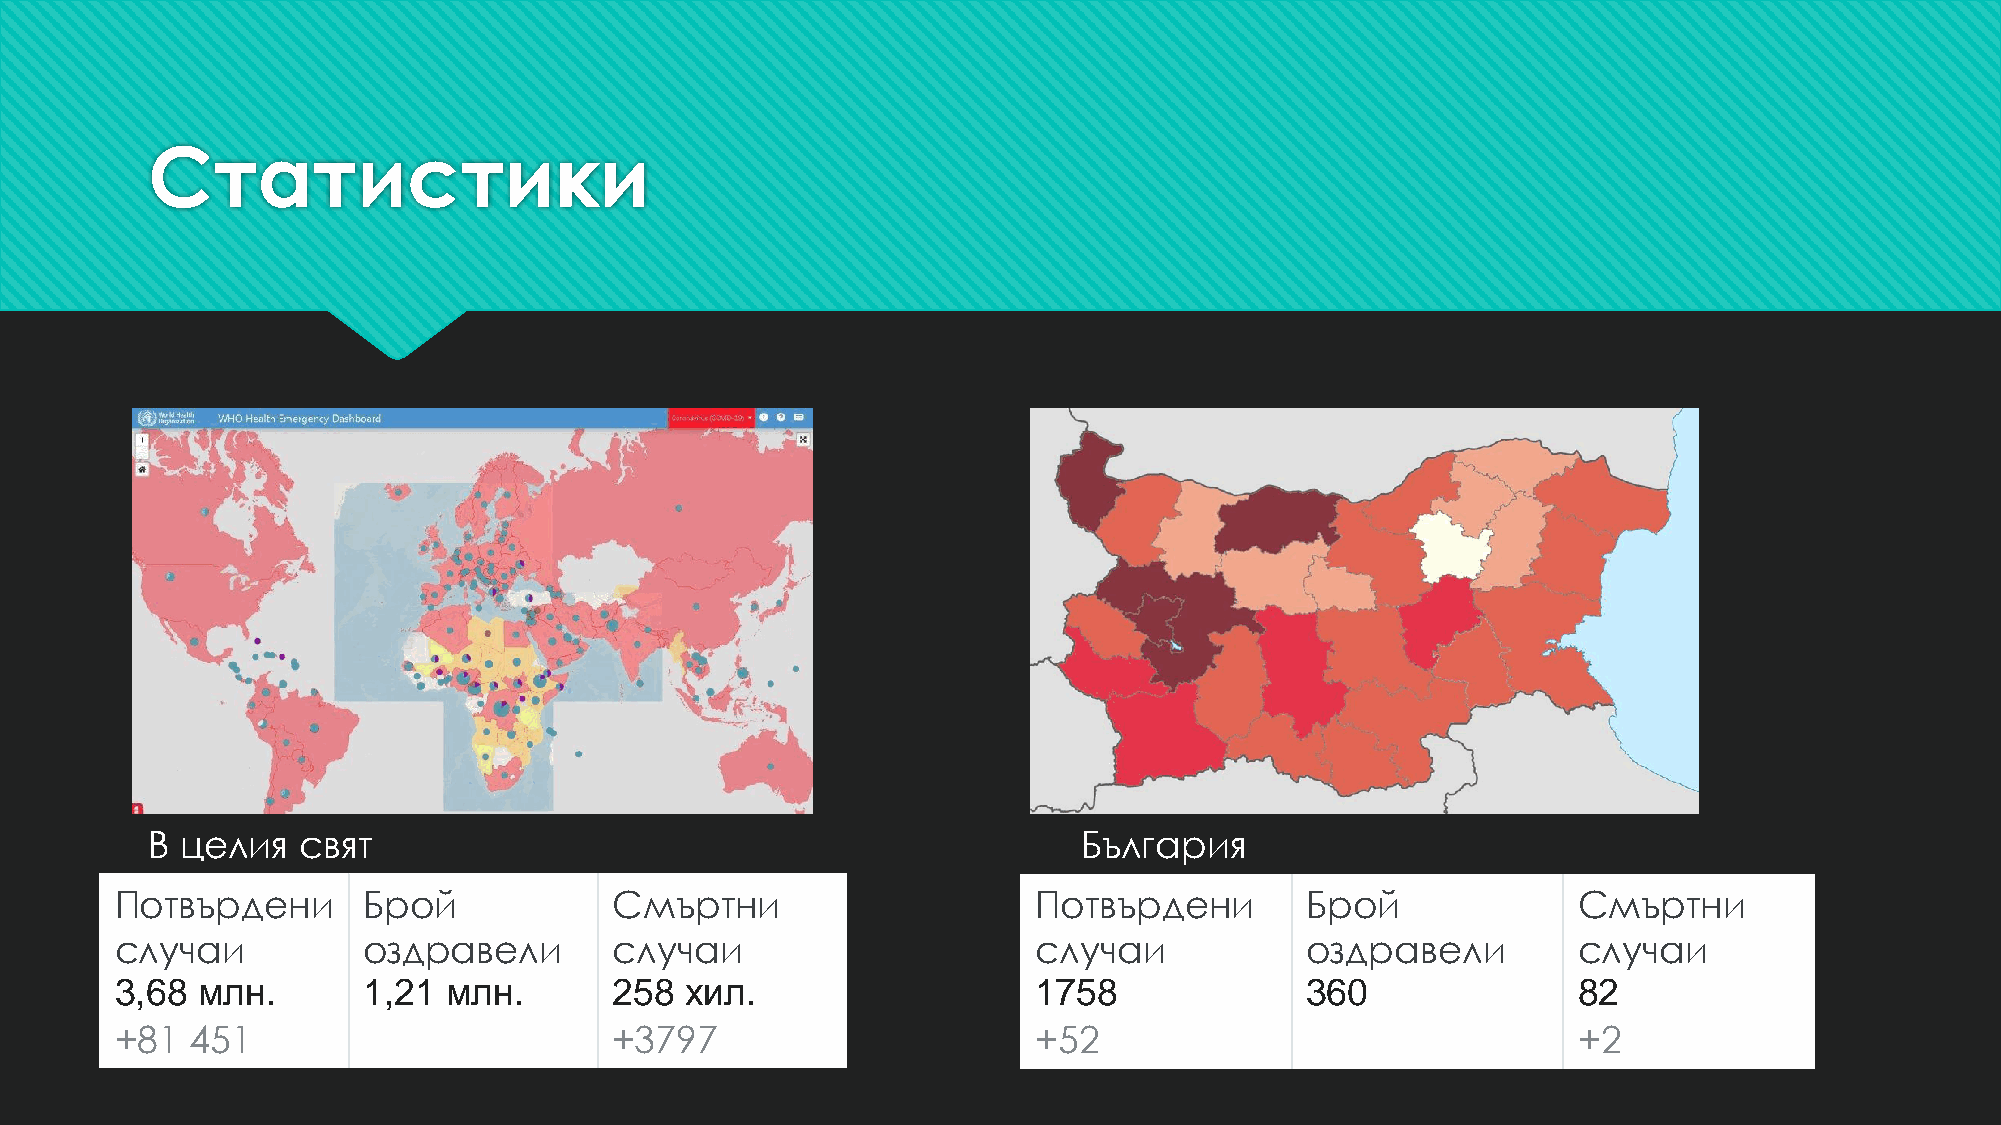
Статистики
 В целия   свят                                                България
 Потвърдени      Брой             Смъртни                     Потвърдени       Брой              Смъртни
 случаи          оздравели        случаи                      случаи           оздравели         случаи
 3,68 млн.       1,21  млн.       258 хил.                    1758             360               82
 +81  451                         +3797                       +52                                +2